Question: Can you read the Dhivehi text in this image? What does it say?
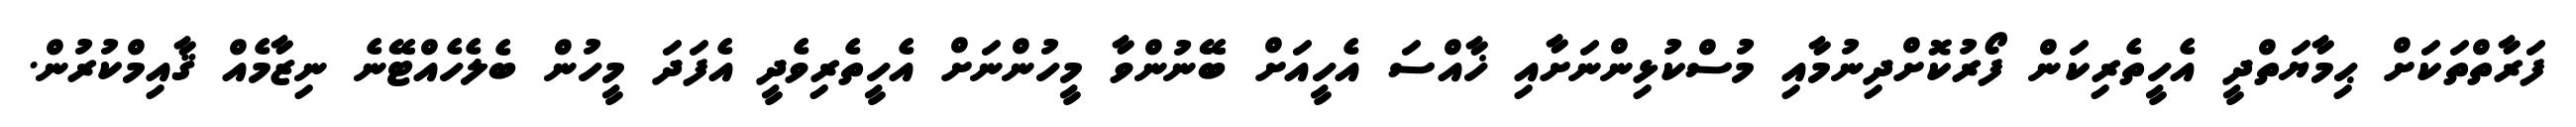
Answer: ފަރާތްތަކަށް ޙިމާޔަތްދީ އެހީތެރިކަން ފޯރުކޮށްދިނުމާއި މުސްކުޅިންނަށާއި ޚާއްސަ އެހީއަށް ބޭނުންވާ މީހުންނަށް އެހީތެރިވެދީ އެފަދަ މީހުން ބެލެހެއްޓޭނެ ނިޒާމެއް ޤާއިމްކުރުން.